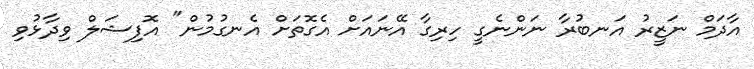
އާދަމް ނަޒީރު އަނބުރާ ނަންނެގީ ހިރިގާ އޭނައަށް އެގޮތަށް އެނގުމުން" އޮފިޝަލް ވިދާޅުވި